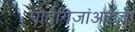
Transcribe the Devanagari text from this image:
पोर्तुगिजांआडचा